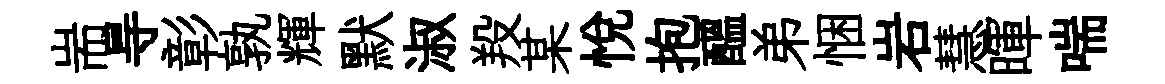
耑㝵彰孰輝默淑羖某悅抱醖弟悃岩慧暉喘